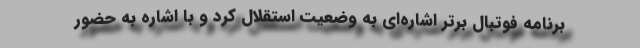
برنامه فوتبال برتر اشاره‌ای به وضعیت استقلال کرد و با اشاره به حضور